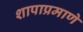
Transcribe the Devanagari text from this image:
शापाप्रमाणे